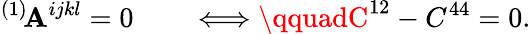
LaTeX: {}^{(1)}\! \mathbf{A}^{ijkl}=0\qquad\Longleftrightarrow\qquadC^{12}-C^{44}=0.